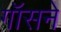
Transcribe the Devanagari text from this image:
गॉसने